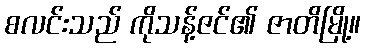
စလင်းသည် ကိုသန့်ဇင်၏ ဇာတိမြို့။